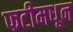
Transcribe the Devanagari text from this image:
फटीमधून